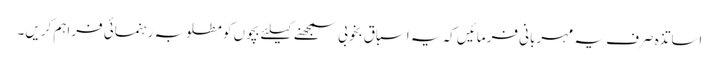
اساتذہ صرف یہ مہربانی فرمائیں کہ یہ اسباق بخوبی سمجھنے کیلئے بچوں کو مطلوبہ رہنمائی فراہم کریں۔